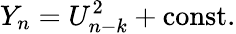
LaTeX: Y_{n}=U_{n-k}^{2}+\mathrm{const.}